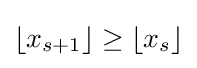
\lfloor x_{s+1}\rfloor \geq \lfloor x_{s}\rfloor